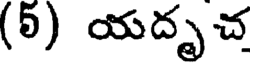
(5) యదృచ